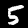
Label: 5